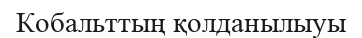
Кобальттың қолданылыуы